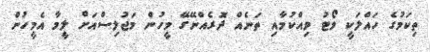
ތިކަމުގެ ހައްލަކީ ވޯޓު ވިއްކުމާއި ތަނެއް ދޮރެއްނޭގޭ މީހުން މަޖުލިސްއަށް ލީމާ އެމީހުން